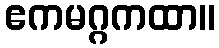
ဧကမဂ္ဂကထာ။